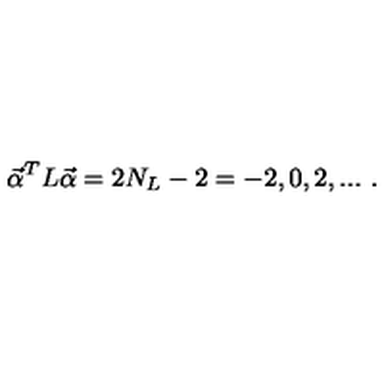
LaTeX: { \vec { \alpha } } ^ { T } L { \vec { \alpha } } = 2 N _ { L } - 2 = - 2 , 0 , 2 , . . . \ .